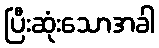
ပြီးဆုံးသောအခါ